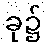
ခု၌